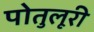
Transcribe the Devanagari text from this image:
पोतुलूरी